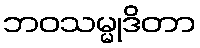
ဘဝသမ္မုဒိတာ